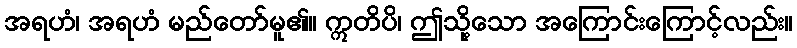
အရဟံ၊ အရဟံ မည်တော်မူ၏။ ဣတိပိ၊ ဤသို့သော အကြောင်းကြောင့်လည်း။